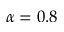
\alpha = 0 . 8